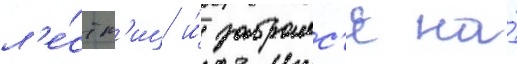
л'е́стн'иц и́ забралс'я на́